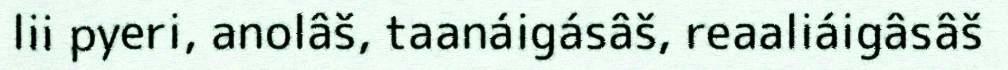
lii pyeri, anolâš, taanáigásâš, reaaliáigâsâš